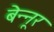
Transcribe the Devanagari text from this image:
बेन्नूर